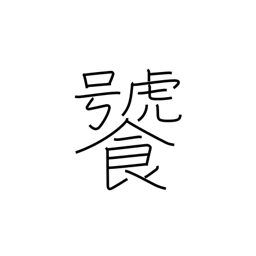
Meaning: be greedy